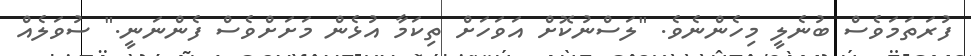
ފުރަތަމަވެސް ބުނެލީ މިހެންނެވެ. "ލަސްނުކޮށް އަވަހަށް ތިކަމާ އުޅެން މަށަށްވެސް ފެންނަނީ." ސުވަލެއް